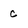
Character: c